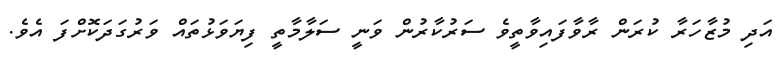
އަދި މުޒާހަރާ ކުރަން ރާވާފައިވާތީވެ ސަރުކާރުން ވަނީ ސަލާމާތީ ފިޔަވަޅުތައް ވަރުގަދަކޮށްފަ އެވެ.